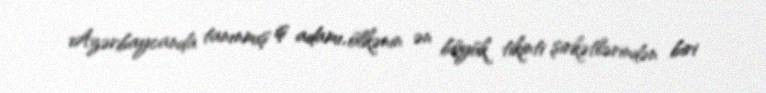
Azərbaycanda tanınmış iş adamı, ölkənin ən böyük tikinti şirkətlərindən biri